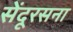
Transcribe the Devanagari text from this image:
सेंदूरसना